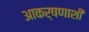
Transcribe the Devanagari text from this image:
आकर्षणाशी